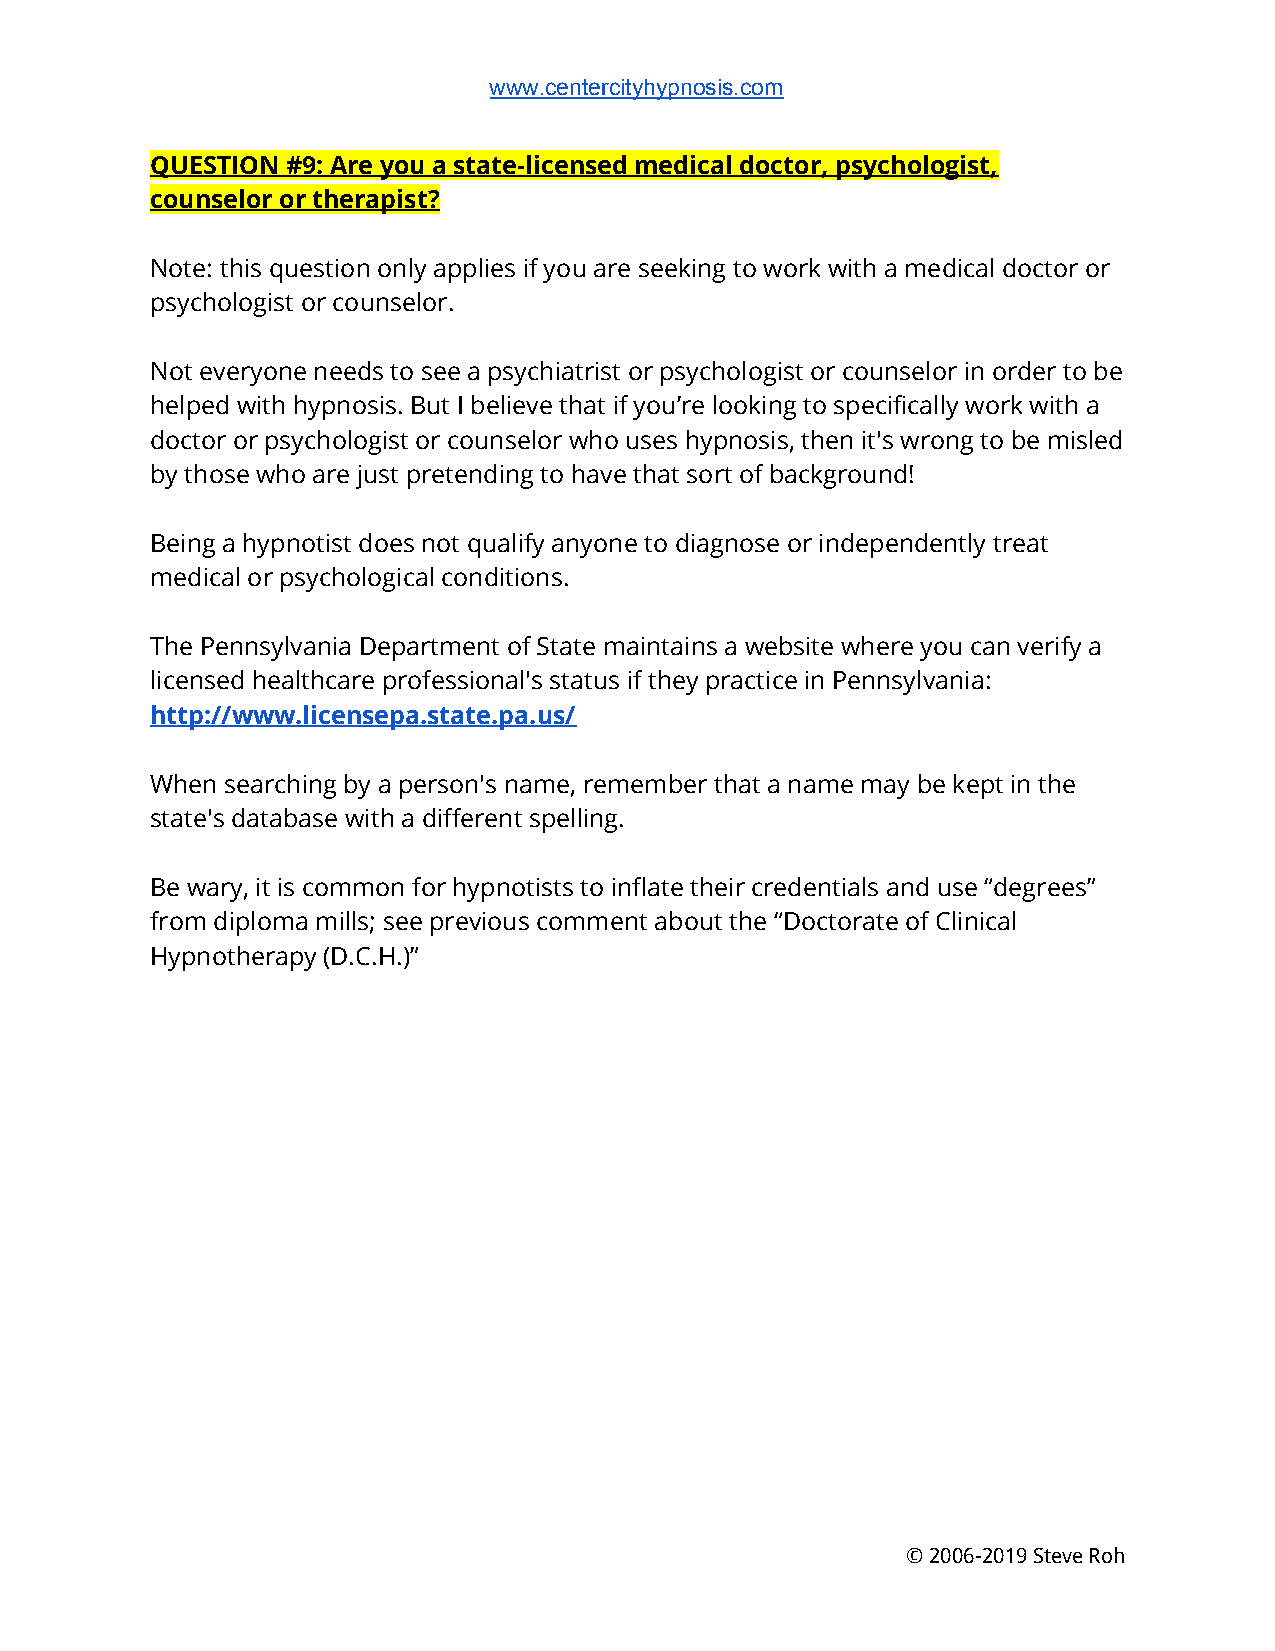
www.centercityhypnosis.com
 QUESTION #9: Are you a state-licensed medical doctor, psychologist,
 counselor or therapist?
 Note: this question only applies if you are seeking to work with a medical doctor or
 psychologist or counselor.
 Not everyone needs to see a psychiatrist or psychologist or counselor in order to be
 helped with hypnosis. But I believe that if you’re looking to specifically work with a
 doctor or psychologist or counselor who uses hypnosis, then it's wrong to be misled
 by those who are just pretending to have that sort of background!
 Being a hypnotist does not qualify anyone to diagnose or independently treat
 medical or psychological conditions.
 The Pennsylvania Department of State maintains a website where you can verify a
 licensed healthcare professional's status if they practice in Pennsylvania:
 http://www.licensepa.state.pa.us/
 When searching by a person's name, remember that a name may be kept in the
 state's database with a different spelling.
 Be wary, it is common for hypnotists to inflate their credentials and use “degrees”
 from diploma mills; see previous comment about the “Doctorate of Clinical
 Hypnotherapy (D.C.H.)”
 © 2006-2019 Steve Roh